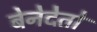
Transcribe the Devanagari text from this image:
बेनेदेतो